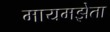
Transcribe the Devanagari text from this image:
मायमझेता